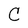
Character: C